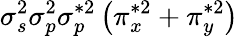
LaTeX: \sigma_{s}^{2}\sigma_{p}^{2}\sigma_{p}^{*2}\left(\pi_{x}^{*2}+\pi_{y}^{*2}\right)